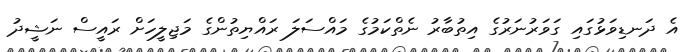
އެ ދަނޑިވަޅުގައި ގަވަރުނަރުގެ އިތުބާރު ނެތްކަމުގެ މައްސަލަ ރައްޔިތުންގެ މަޖިލީހަށް ރައީސް ނަޝީދު